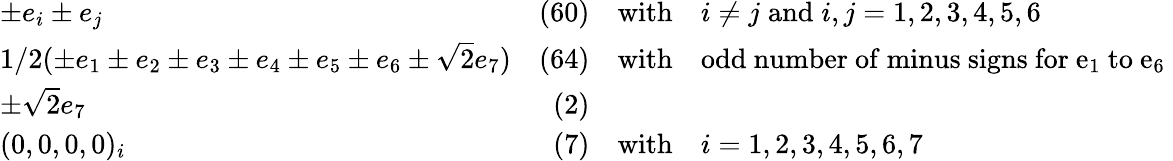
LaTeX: \begin{array}{lrcl}{{\pm e_{i}\pm e_{j}}}&{{(60)}}&{{\mathrm{with}}}&{{i\neq j\; \mathrm{and}\; i,j=1,2,3,4,5,6}}\\ {{1/2(\pm e_{1}\pm e_{2}\pm e_{3}\pm e_{4}\pm e_{5}\pm e_{6}\pm\sqrt{2}e_{7})}}&{{(64)}}&{{\mathrm{with}}}&{{\mathrm{odd~number~of~minus~signs~for~e_{1}~to~e_{6}~}}}\\ {{\pm\sqrt{2}e_{7}}}&{{(2)}}&{{}}&{{}}\\ {{(0,0,0,0)_{i}}}&{{(7)}}&{{\mathrm{with}}}&{{i=1,2,3,4,5,6,7}}\end{array}